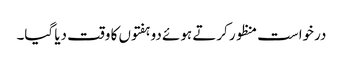
درخواست منظور کرتے ہوئے دو ہفتوں کا وقت دیا گیا۔